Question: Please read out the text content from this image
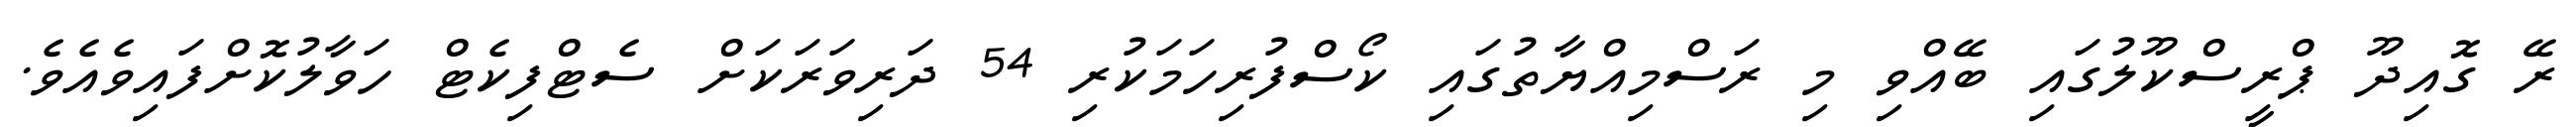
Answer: ރޭ ގޮއިދޫ ޕްރީސްކޫލުގައި ބޭއްވި މި ރަސްމިއްޔާތުގައި ކޯސްފުރިހަމަކުރި 54 ދަރިވަރަކަށް ސެޓްފިކެޓް ހަވާލުކޮށްފައިވެއެވެ.